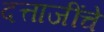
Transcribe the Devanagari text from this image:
दत्ताजींचे